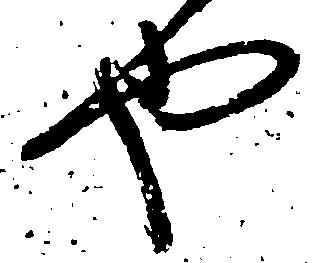
也